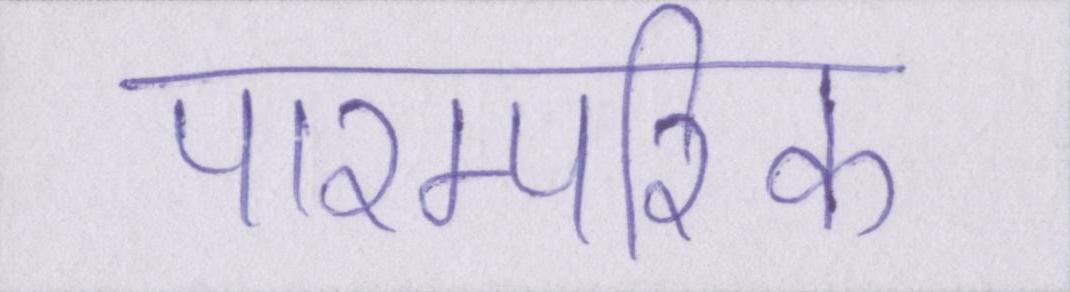
पारम्परिक